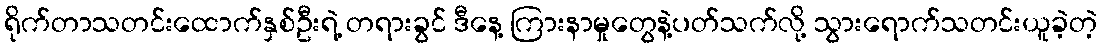
ရိုက်တာသတင်းထောက်နှစ်ဦးရဲ့ တရားခွင် ဒီနေ့ ကြားနာမှုတွေနဲ့ပတ်သက်လို့ သွားရောက်သတင်းယူခဲ့တဲ့